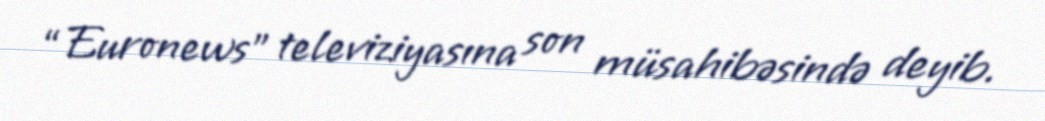
“Euronews” televiziyasına son müsahibəsində deyib.